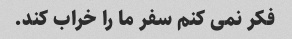
فکر نمی کنم سفر ما را خراب کند.